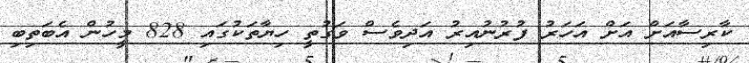
ކާރިސާއަށް އަށް އަހަރު ފުރުނުއިރު އަދިވެސް ވަގުތީ ހިޔާތަކުގައި 828 މީހުން އެބަތިބި